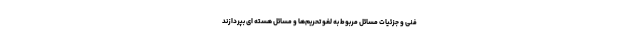
فنی و جزئیات مسائل مربوط به لغو تحریم‌ها و مسائل هسته ای بپردازند